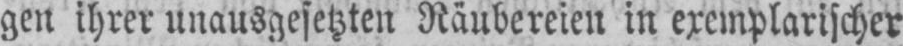
gen ihrer unausgesetzten Räubereien in exemplarischer